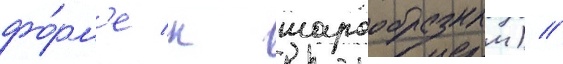
фо́рм'е к шарообразным) //